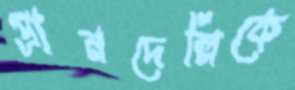
প্রানদেল্লিকে